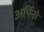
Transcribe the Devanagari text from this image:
अर्पिनो